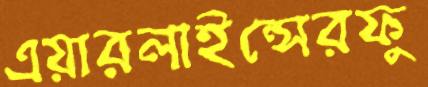
এয়ারলাইন্সেরফু